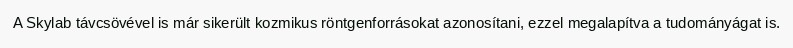
A Skylab távcsövével is már sikerült kozmikus röntgenforrásokat azonosítani, ezzel megalapítva a tudományágat is.